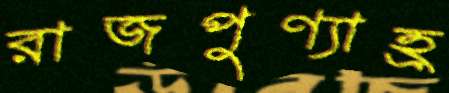
রাজপুণ্যাহ্র